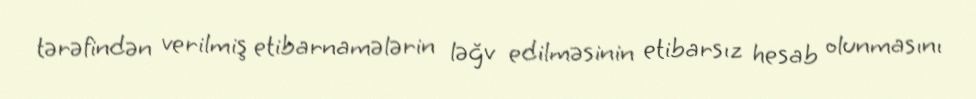
tərəfindən verilmiş etibarnamələrin ləğv edilməsinin etibarsız hesab olunmasını